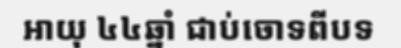
អាយុ ៤៤ឆ្នាំ ជាប់ចោទពីបទ